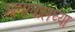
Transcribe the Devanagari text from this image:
आगरवालच्या